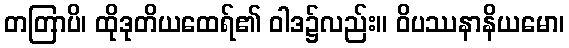
တတြာပိ၊ ထိုဒုတိယထေရ်၏ ဝါဒ၌လည်း။ ဝိပဿနာနိယမော၊